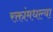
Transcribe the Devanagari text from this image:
रक्तांमधल्या